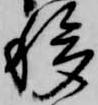
移